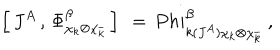
\left[ \, J ^ { A } \, , \, \Phi _ { \chi _ { k } \otimes \chi _ { \bar { k } } } ^ { \beta } \, \right] \ = \, P h i _ { k ( J ^ { A } ) \chi _ { k } \otimes \chi _ { \bar { k } } } ^ { \beta } \ ,